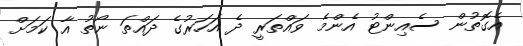
އެގޮތުން ސެއިންޓު އެންމެ ވައްތަރީ ދެ އަހަރުގެ ދައްތަ ނޯތު އާ ކަމަށް